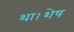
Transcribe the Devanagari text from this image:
था।शेष